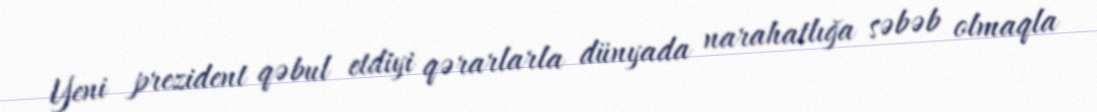
Yeni prezident qəbul etdiyi qərarlarla dünyada narahatlığa səbəb olmaqla